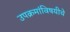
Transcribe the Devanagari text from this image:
उपक्रमांविषयीचे